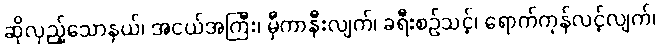
ဆိုလှည့်သောနှယ်၊ အငယ်အကြီး၊ မှီကာနီးလျက်၊ ခရီးစဉ်သင့်၊ ရောက်ကုန်လင့်လျက်၊